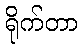
ရိုက်တာ